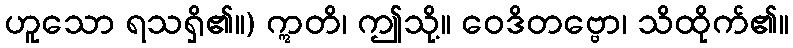
ဟူသော ရသရှိ၏။) ဣတိ၊ ဤသို့။ ဝေဒိတဗ္ဗော၊ သိထိုက်၏။